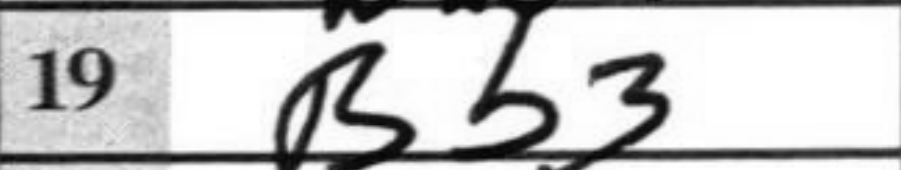
Transcription: Bb3